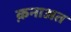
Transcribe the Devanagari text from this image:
क़नाअत